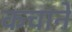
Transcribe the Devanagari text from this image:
कचाने